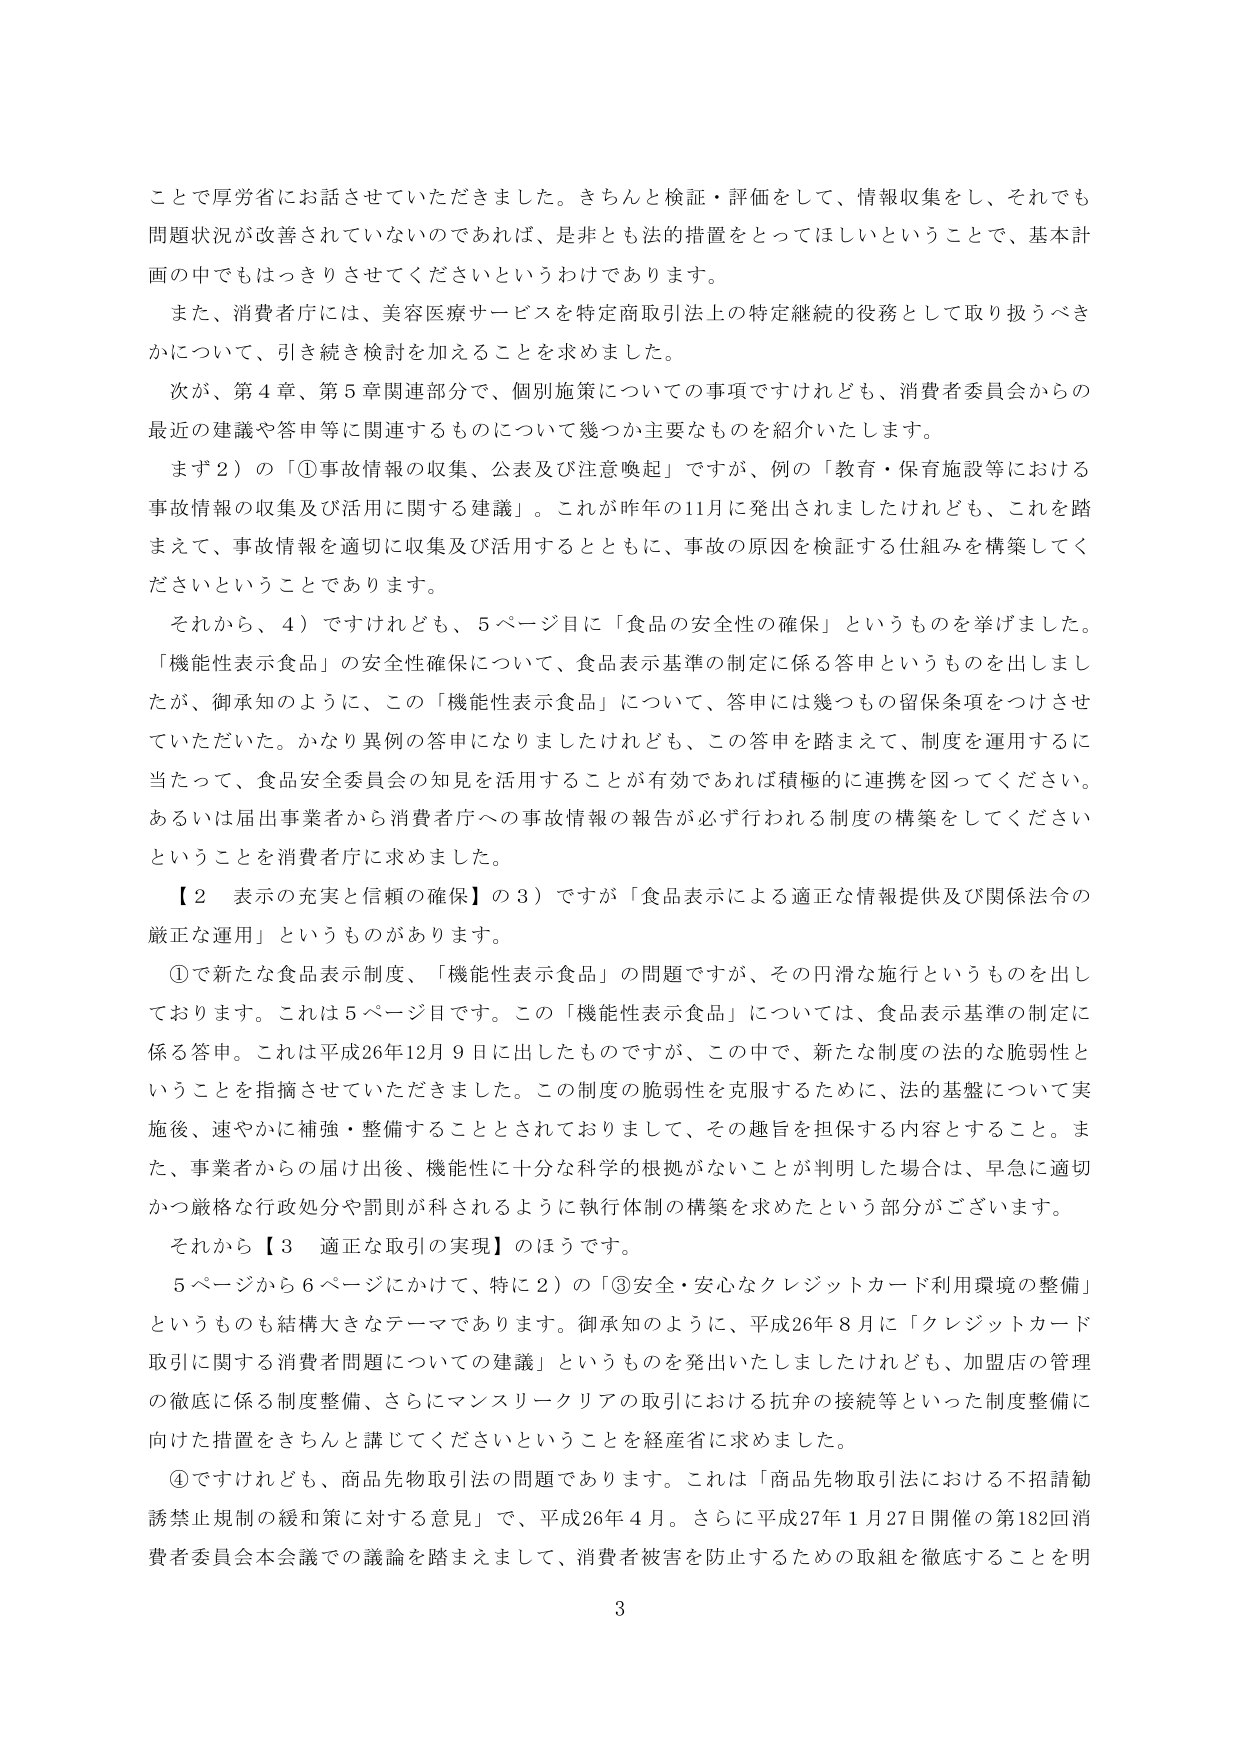
ことで厚労省にお話させていただきました。きちんと検証・評価をして、情報収集をし、それでも問題状況が改善されていないのであれば、是非とも法的措置をとってほしいということで、基本計画の中でもはっきりさせてくださいというわけであります。

また、消費者庁には、美容医療サービスを特定商取引法上の特定継続的役務として取り扱うべきかについて、引き続き検討を加えることを求めました。

次が、第４章、第５章関連部分で、個別施策についての事項ですけれども、消費者委員会からの最近の建議や答申等に関連するものについて幾つか主要なものを紹介いたします。

まず２）の「①事故情報の収集、公表及び注意喚起」ですが、例の「教育・保育施設等における事故情報の収集及び活用に関する建議」。これが昨年の11月に発出されましたけれども、これを踏まえて、事故情報を適切に収集及び活用するとともに、事故の原因を検証する仕組みを構築してくださいということです。

それから、４）ですけれども、５ページ目に「食品の安全性の確保」というものを挙げました。「機能性表示食品」の安全性確保について、食品表示基準の制定に係る答申というものを出しましたが、御承知のように、この「機能性表示食品」について、答申には幾つもの留保条項をつけていただいていた。かなり異例の答申になりましたけれども、この答申を踏まえて、制度を運用するに当たって、食品安全委員会の知見を活用することが有効であれば積極的に連携を図ってください。あるいは届出事業者から消費者庁への事故情報の報告が必ず行われる制度の構築をしてくださいということを消費者庁に求めました。

【２ 表示の充実と信頼の確保】の３）ですが「食品表示による適正な情報提供及び関係法令の厳正な運用」というものがあります。

①で新たな食品表示制度、「機能性表示食品」の問題ですが、その円滑な施行というものを出しております。これは５ページ目です。この「機能性表示食品」については、食品表示基準の制定に係る答申。これは平成26年12月９日に出したものですが、この中で、新たな制度の法的な脆弱性ということを指摘させていただきました。この制度の脆弱性を克服するために、法的基盤について実施後、速やかに補強・整備することとされておりまして、その趣旨を担保する内容とすること。また、事業者からの届け出後、機能性に十分な科学的根拠がないことが判明した場合は、早急に適切かつ厳格な行政処分や罰則が科されるように執行体制の構築を求めたという部分がございます。

それから【３ 適正な取引の実現】のほうです。

５ページから６ページにかけて、特に２）の「③安全・安心なクレジットカード利用環境の整備」というものも結構大きなテーマであります。御承知のように、平成26年８月に「クレジットカード取引に関する消費者問題についての建議」というものを発出いたしましたけれども、加盟店の管理の徹底に係る制度整備、さらにマンスリークリアの取引における抗弁の接続等といった制度整備に向けた措置をきちんと講じてくださいということを経産省に求めました。

④ですけれども、商品先物取引法の問題であります。これは「商品先物取引法における不招請勧誘禁止規制の緩和策に対する意見」で、平成26年４月。さらに平成27年１月27日開催の第182回消費者委員会本会議での議論を踏まえまして、消費者被害を防止するための取組を徹底することを明

3